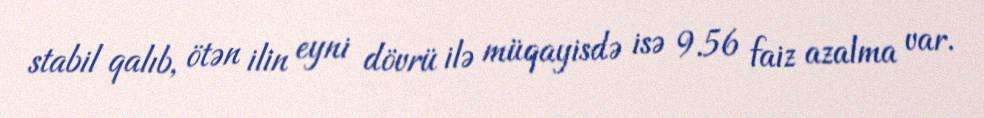
stabil qalıb, ötən ilin eyni dövrü ilə müqayisdə isə 9.56 faiz azalma var.